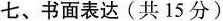
七、书面表达(共15分)